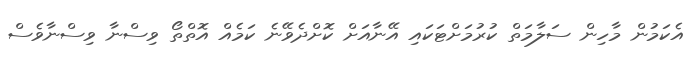
އެކަމުން މާހިން ސަލާމަތް ކުރުމަށްޓަކައި އޭނާއަށް ކޮށްދެވޭނެ ކަމެއް އޮތްތޯ ވިސްނާ ވިސްނާވެސް